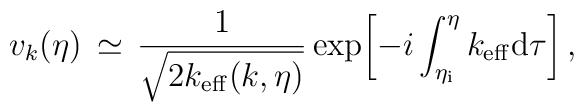
v_k (\eta )\, \simeq \, \frac{1}{\sqrt{2k_{\rm eff}(k,\eta )}}\exp\biggl[-i\int _{\eta _{\rm i}}^{\eta }k_{\rm eff}{\rm d}\tau \biggr]\, ,